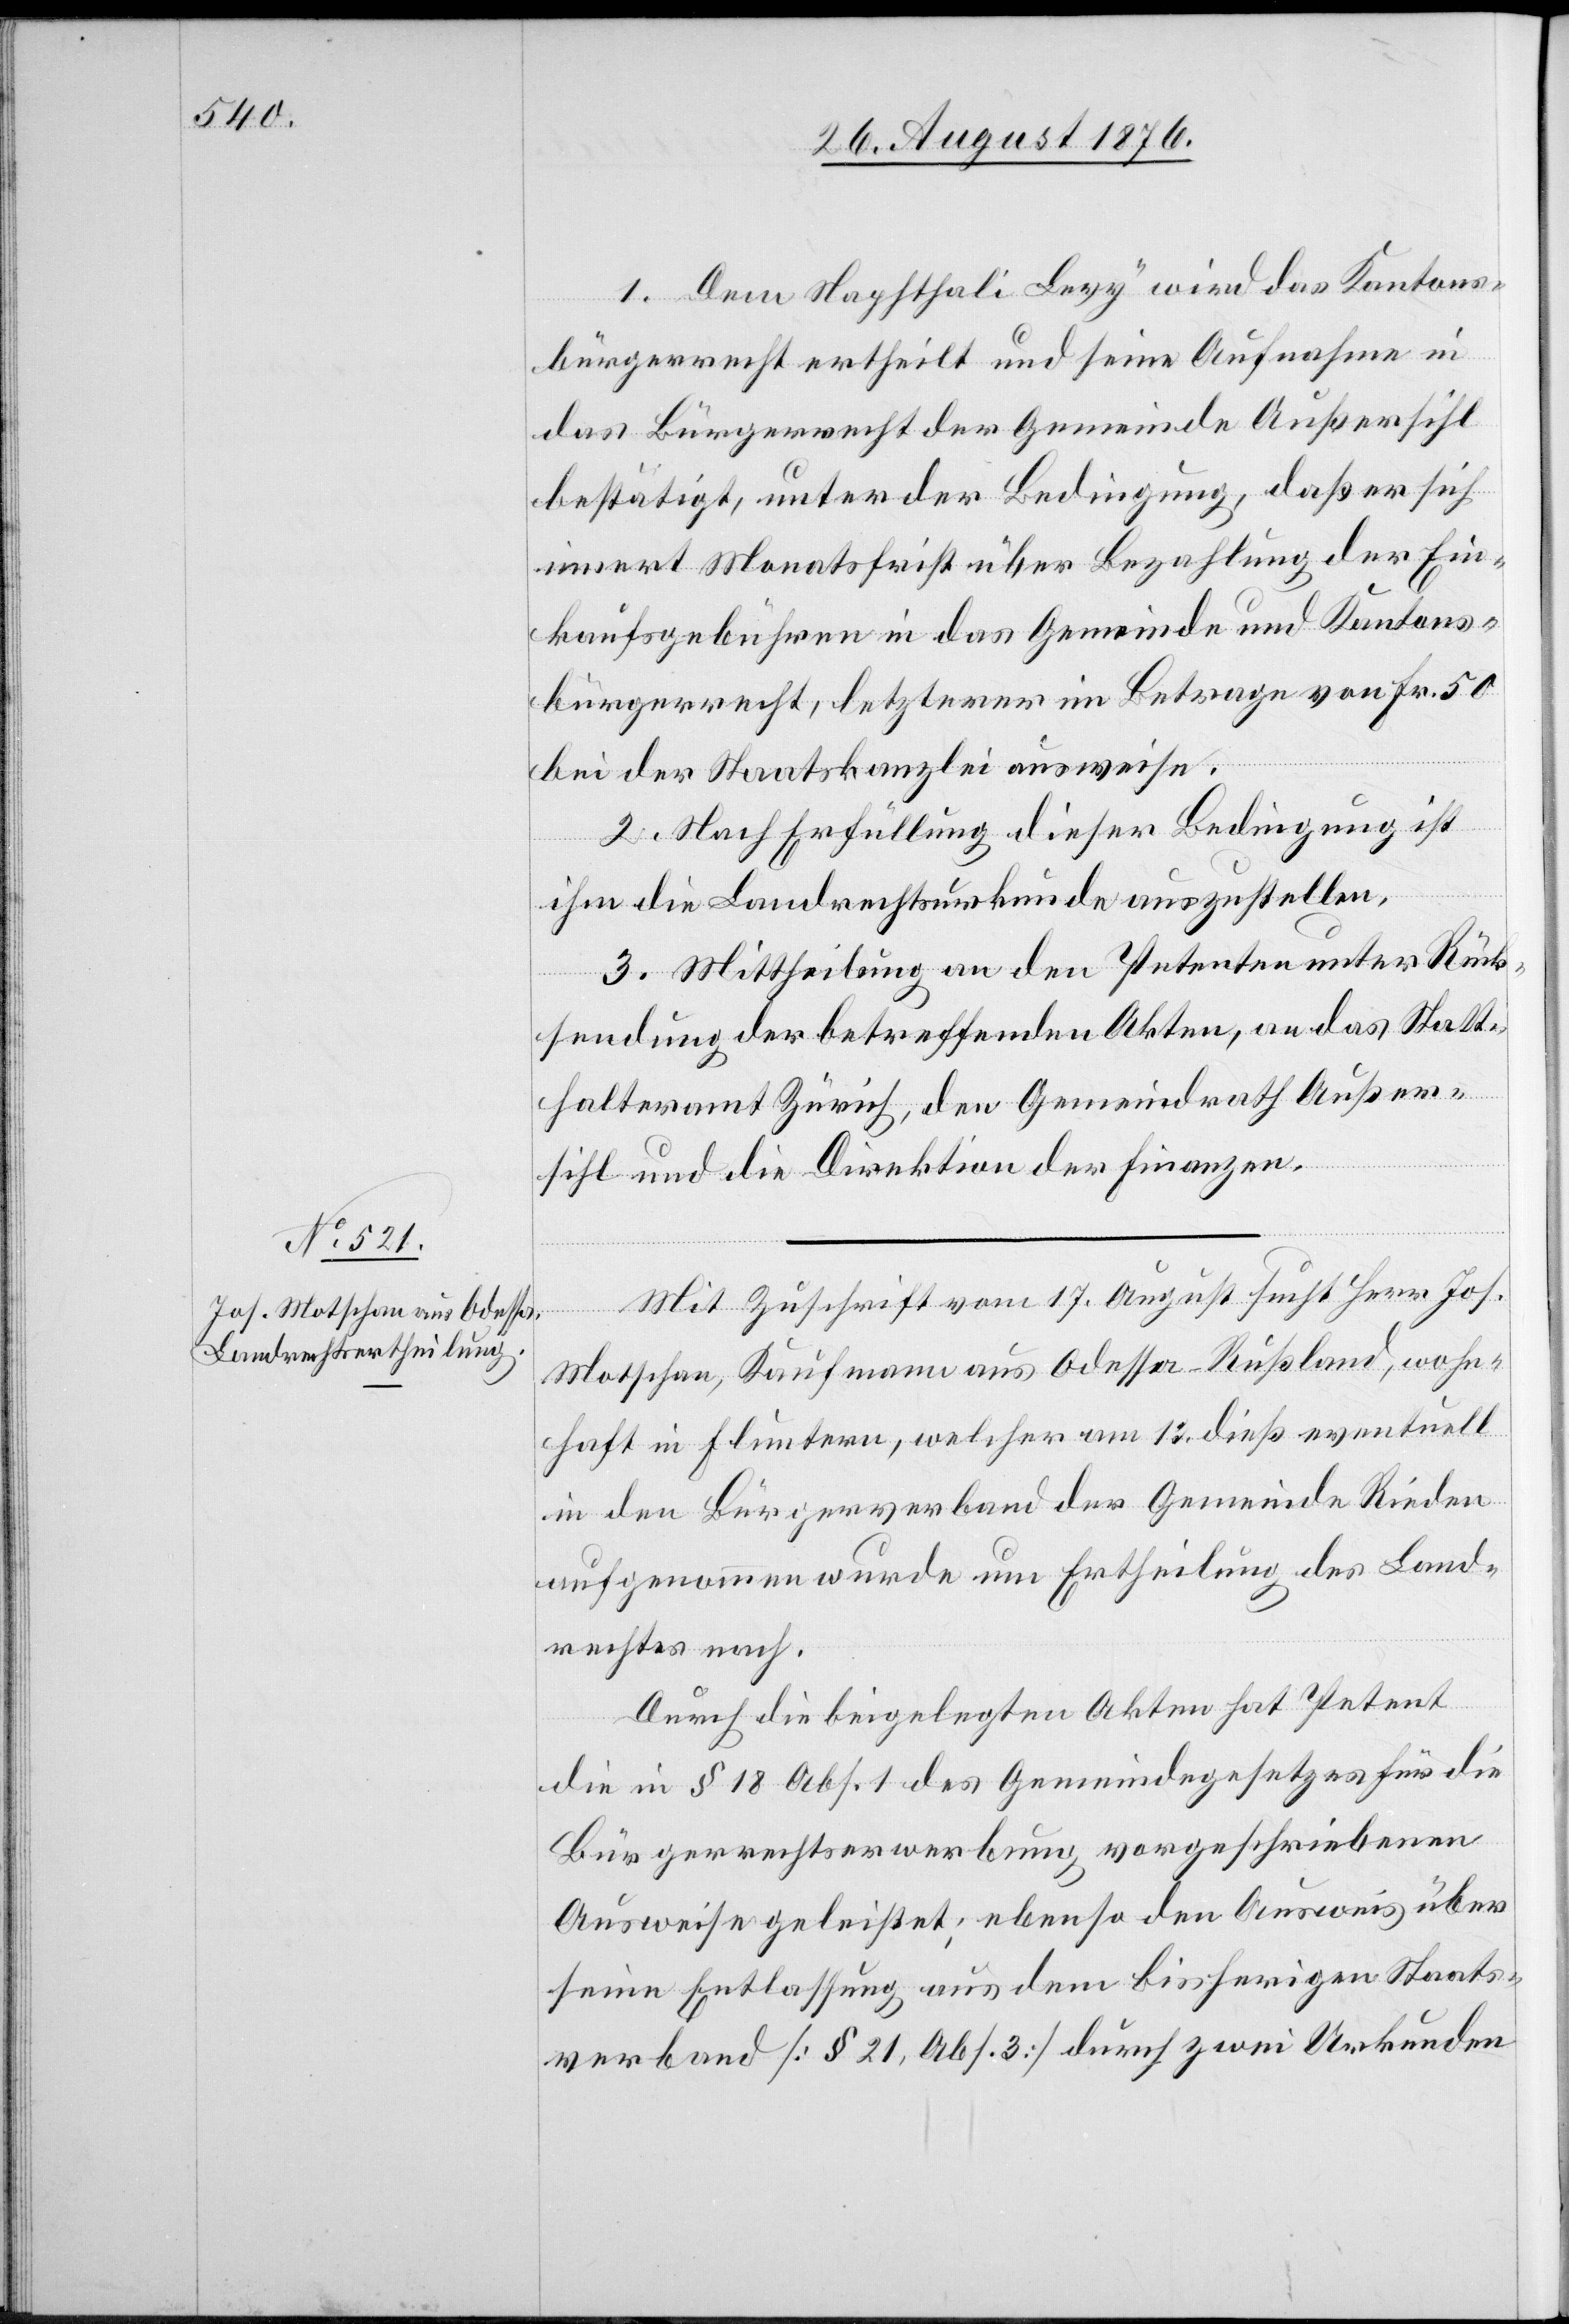
1. Dem Naphthali Levy wird das Kantons¬
bürgerrecht ertheilt und seine Aufnahme in
das Bürgerrecht der Gemeinde Außersihl
bestätigt, unter der Bedingung, daß er sich
innert Monatsfrist über Bezahlung der Ein¬
kaufsgebühren in das Gemeinde- und Kantons¬
bürgerrecht, letzterer im Betrage von Frk. 50
bei der Staatskanzlei ausweise.
2. Nach Erfüllung dieser Bedingung ist
ihm die Landrechtsurkunde auszustellen.
3. Mittheilung an den Petenten unter Rück¬
sendung der betreffenden Akten, an das Statt¬
halteramt Zürich, den Gemeindrath Außer¬
sihl und die Direktion der Finanzen.